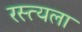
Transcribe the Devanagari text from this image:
रस्त्यला